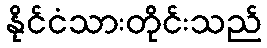
နိုင်ငံသားတိုင်းသည်